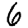
Digit: 6